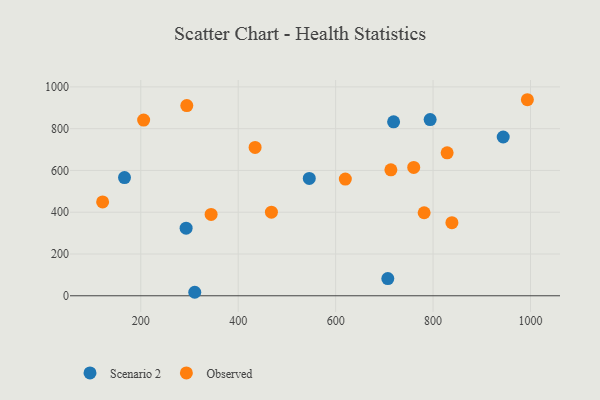
{"axis": {"x": "Speed", "y": "Fuel Efficiency"}, "legend": ["Observed", "Scenario 2"], "data": [{"x": "293.1", "y": 323.7, "type": "Scenario 2"}, {"x": "794.0", "y": 843.5, "type": "Scenario 2"}, {"x": "707.1", "y": 82.4, "type": "Scenario 2"}, {"x": "719.0", "y": 833.0, "type": "Scenario 2"}, {"x": "545.9", "y": 561.8, "type": "Scenario 2"}, {"x": "944.0", "y": 760.2, "type": "Scenario 2"}, {"x": "166.6", "y": 565.7, "type": "Scenario 2"}, {"x": "310.8", "y": 16.8, "type": "Scenario 2"}, {"x": "434.7", "y": 710.1, "type": "Observed"}, {"x": "468.2", "y": 400.4, "type": "Observed"}, {"x": "713.4", "y": 603.1, "type": "Observed"}, {"x": "838.7", "y": 350.1, "type": "Observed"}, {"x": "828.9", "y": 684.6, "type": "Observed"}, {"x": "781.7", "y": 397.6, "type": "Observed"}, {"x": "619.9", "y": 558.8, "type": "Observed"}, {"x": "294.5", "y": 910.6, "type": "Observed"}, {"x": "760.3", "y": 614.4, "type": "Observed"}, {"x": "993.6", "y": 938.6, "type": "Observed"}, {"x": "121.7", "y": 449.2, "type": "Observed"}, {"x": "344.4", "y": 389.3, "type": "Observed"}, {"x": "205.9", "y": 841.1, "type": "Observed"}]}